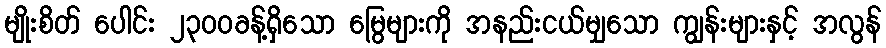
မျိုးစိတ် ပေါင်း ၂၃၀၀ခန့်ရှိသော မြွေများကို အနည်းငယ်မျှသော ကျွန်းများနှင့် အလွန်